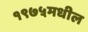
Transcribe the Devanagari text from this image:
१९७५मधील